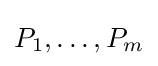
P_{1},\ldots ,P_{m}